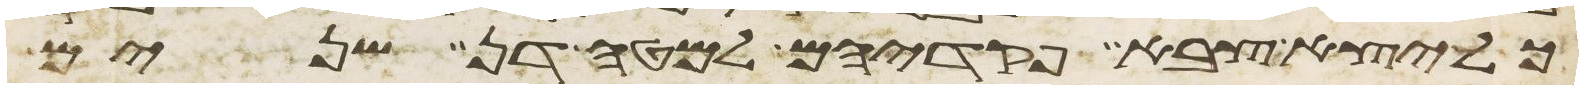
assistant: כל יצא צבא פקדיהם למטה דן שנים